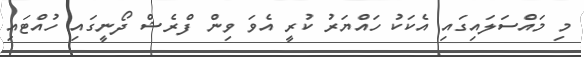
މި މައްސަލައިގައި އެކަކު ހައްޔަރު ކުރީ އެވަ ވިން ފްރެޝް ދޯނީގައި ހުއްޓައި